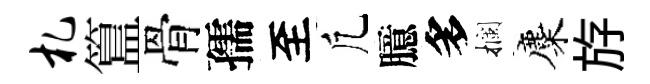
札簋骨孺至凢臆多攔麋斿